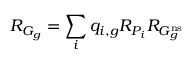
R _ { G _ { g } } = \sum _ { i } q _ { i , g } R _ { P _ { i } } R _ { G _ { g } ^ { \mathrm { n s } } }